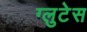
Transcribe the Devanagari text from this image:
ग्लुटेस